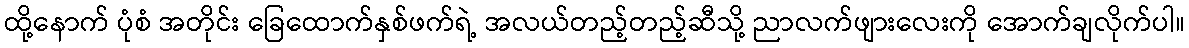
ထို့နောက် ပုံစံ အတိုင်း ခြေထောက်နှစ်ဖက်ရဲ့ အလယ်တည့်တည့်ဆီသို့ ညာလက်ဖျားလေးကို အောက်ချလိုက်ပါ။